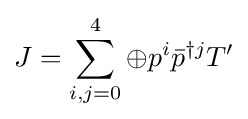
J=\sum _{i,j=0}^{4}\oplus p^{i}{\bar {p}}^{\dagger j}T'